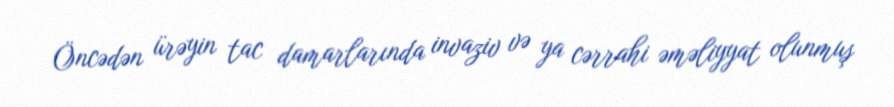
Öncədən ürəyin tac damarlarında invaziv və ya cərrahi əməliyyat olunmuş